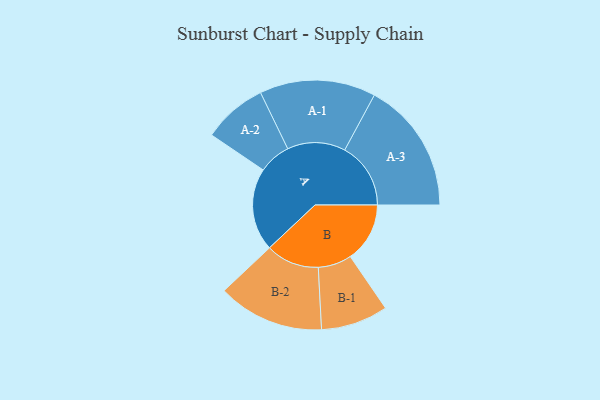
{"axis": {"x": "Segment", "y": "Value"}, "legend": ["", "A", "B"], "data": [{"x": "A", "y": 345, "type": ""}, {"x": "B", "y": 248, "type": ""}, {"x": "A-1", "y": 242, "type": "A"}, {"x": "A-2", "y": 134, "type": "A"}, {"x": "A-3", "y": 275, "type": "A"}, {"x": "B-1", "y": 140, "type": "B"}, {"x": "B-2", "y": 222, "type": "B"}]}